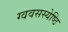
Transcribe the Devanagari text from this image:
ग्ववसस्येष्ठि